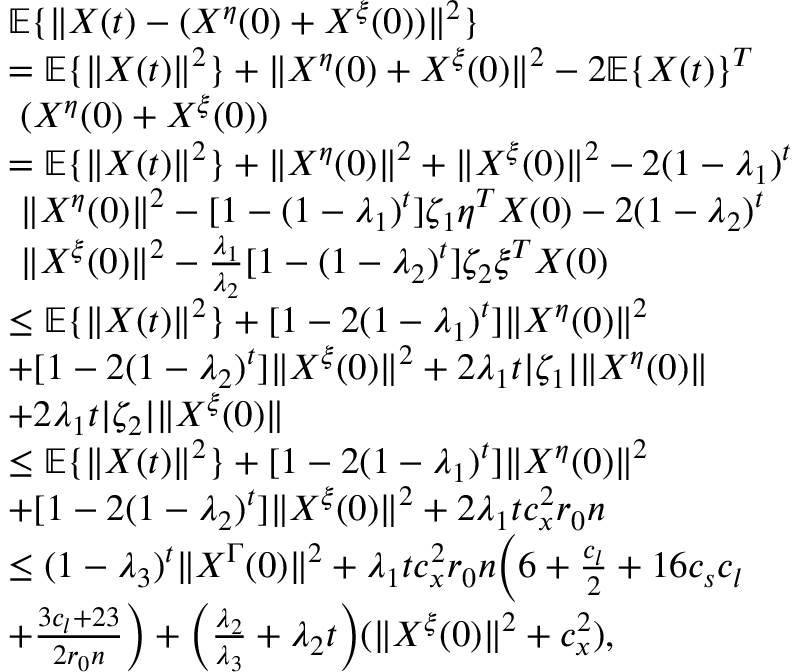
\begin{array} { r l } & { \mathbb { E } \{ \| X ( t ) - ( X ^ { \eta } ( 0 ) + X ^ { \xi } ( 0 ) ) \| ^ { 2 } \} } \\ & { = \mathbb { E } \{ \| X ( t ) \| ^ { 2 } \} + \| X ^ { \eta } ( 0 ) + X ^ { \xi } ( 0 ) \| ^ { 2 } - 2 \mathbb { E } \{ X ( t ) \} ^ { T } } \\ & { ~ ( X ^ { \eta } ( 0 ) + X ^ { \xi } ( 0 ) ) } \\ & { = \mathbb { E } \{ \| X ( t ) \| ^ { 2 } \} + \| X ^ { \eta } ( 0 ) \| ^ { 2 } + \| X ^ { \xi } ( 0 ) \| ^ { 2 } - 2 ( 1 - \lambda _ { 1 } ) ^ { t } } \\ & { ~ \| X ^ { \eta } ( 0 ) \| ^ { 2 } - [ 1 - ( 1 - \lambda _ { 1 } ) ^ { t } ] \zeta _ { 1 } \eta ^ { T } X ( 0 ) - 2 ( 1 - \lambda _ { 2 } ) ^ { t } } \\ & { ~ \| X ^ { \xi } ( 0 ) \| ^ { 2 } - \frac { \lambda _ { 1 } } { \lambda _ { 2 } } [ 1 - ( 1 - \lambda _ { 2 } ) ^ { t } ] \zeta _ { 2 } \xi ^ { T } X ( 0 ) } \\ & { \le \mathbb { E } \{ \| X ( t ) \| ^ { 2 } \} + [ 1 - 2 ( 1 - \lambda _ { 1 } ) ^ { t } ] \| X ^ { \eta } ( 0 ) \| ^ { 2 } } \\ & { + [ 1 - 2 ( 1 - \lambda _ { 2 } ) ^ { t } ] \| X ^ { \xi } ( 0 ) \| ^ { 2 } + 2 \lambda _ { 1 } t | \zeta _ { 1 } | \| X ^ { \eta } ( 0 ) \| } \\ & { + 2 \lambda _ { 1 } t | \zeta _ { 2 } | \| X ^ { \xi } ( 0 ) \| } \\ & { \le \mathbb { E } \{ \| X ( t ) \| ^ { 2 } \} + [ 1 - 2 ( 1 - \lambda _ { 1 } ) ^ { t } ] \| X ^ { \eta } ( 0 ) \| ^ { 2 } } \\ & { + [ 1 - 2 ( 1 - \lambda _ { 2 } ) ^ { t } ] \| X ^ { \xi } ( 0 ) \| ^ { 2 } + 2 \lambda _ { 1 } t c _ { x } ^ { 2 } r _ { 0 } n } \\ & { \le ( 1 - \lambda _ { 3 } ) ^ { t } \| X ^ { \Gamma } ( 0 ) \| ^ { 2 } + \lambda _ { 1 } t c _ { x } ^ { 2 } r _ { 0 } n \Big ( 6 + \frac { c _ { l } } { 2 } + 1 6 c _ { s } c _ { l } } \\ & { + \frac { 3 c _ { l } + 2 3 } { 2 r _ { 0 } n } \Big ) + \Big ( \frac { \lambda _ { 2 } } { \lambda _ { 3 } } + \lambda _ { 2 } t \Big ) ( \| X ^ { \xi } ( 0 ) \| ^ { 2 } + c _ { x } ^ { 2 } ) , } \end{array}